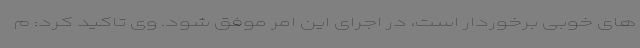
های خوبی برخوردار است، در اجرای این امر موفق شود. وی تاکید کرد: م